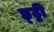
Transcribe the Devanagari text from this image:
छ्ट्टी